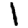
Digit: 1